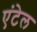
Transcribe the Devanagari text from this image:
एंटेल